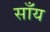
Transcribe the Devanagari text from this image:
साँय